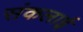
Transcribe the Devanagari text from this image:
संकलाई